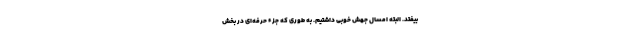
بیفتد. البته امسال جهش خوبی داشتیم. به طوری که جزء حرفه‌ای در بخش